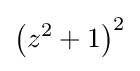
\left(z^{2}+1\right)^{2}